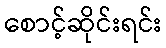
စောင့်ဆိုင်းရင်း